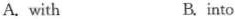
A. with B. into